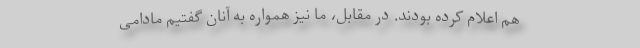
هم اعلام کرده بودند. در مقابل، ما نیز همواره به آنان گفتیم مادامی